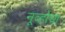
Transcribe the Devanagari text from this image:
नूव्होचा